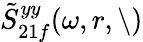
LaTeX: \tilde{S}_{21f}^{yy}(\omega,r,\backslash)